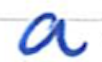
Text: a
Cross-out: clean
Writing tool: ballpoint